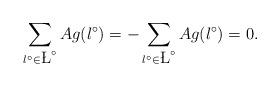
LaTeX: \begin{align*}\sum_{\l^\circ \in \L^\circ} Ag(\l^\circ) = - \sum_{\l^\circ \in \L^\circ} Ag(\l^\circ) = 0.\end{align*}